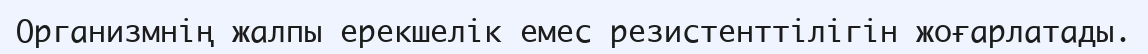
Организмнiң жалпы ерекшелiк емес резистенттiлiгiн жоғарлатады.